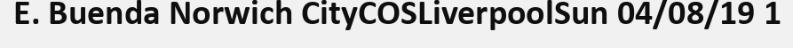
E. Buenda Norwich CityCOSLiverpoolSun 04/08/19 1